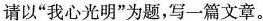
请以”我心光明”为题，写一篇文章。